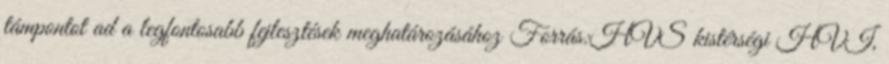
támpontot ad a legfontosabb fejlesztések meghatározásához Forrás:HVS kistérségi HVI,